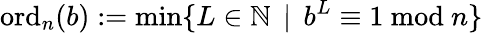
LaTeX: \operatorname{ord}_{n}(b):=\operatorname*{min}\{ L\in\mathbb{N}\, \mid\, b^{L}\equiv 1{\mathrm{~mod~}}n\}